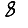
Digit: 8